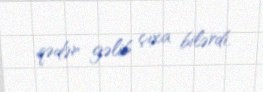
qədər gəlib çıxa bilərdi.